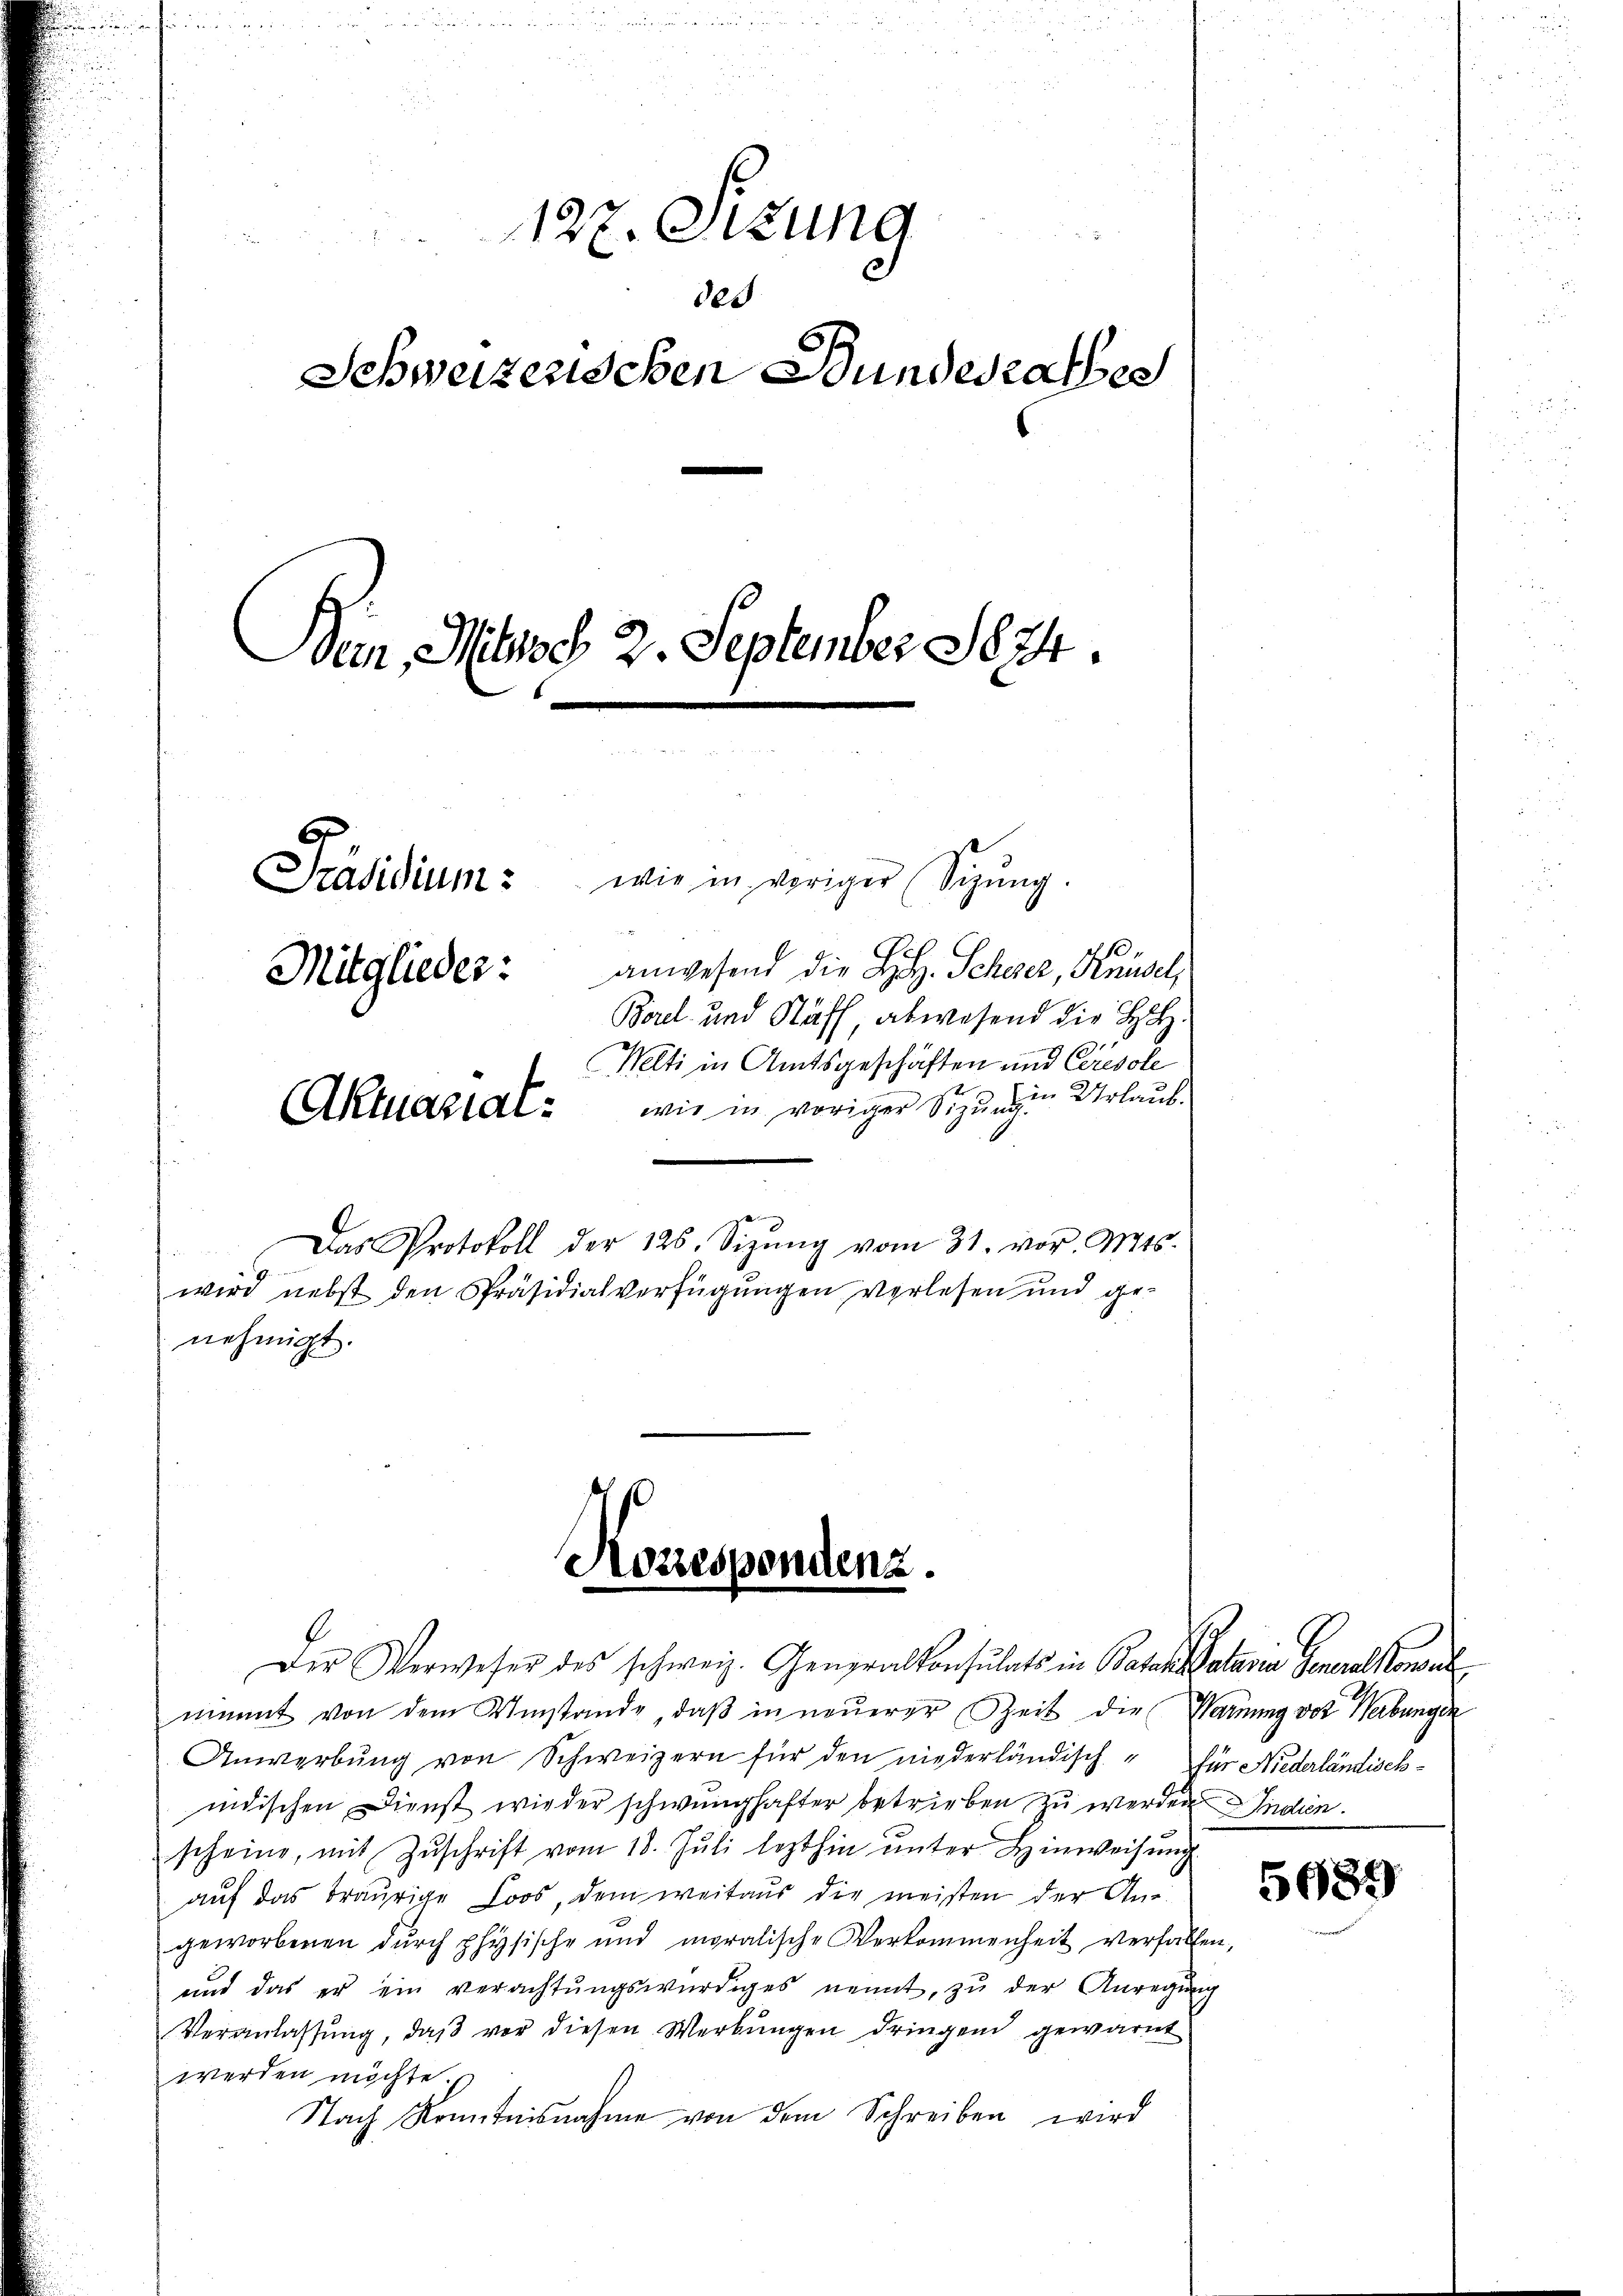
127. Sitzung
des
Schweizerischen Bundesrathes
Ben, Messes 2. September 1874.
wie in voriger (Sizŭng.
Präsidium:
anwesend die L. Scheer, Knüsel,
Mitglieder:
Borel und Staff, abwesend die H.
Mlti in Amtsgeschäften und Ceresol
wie in voriger Sizung in Urlaub¬
Aktuariat
Das Protokoll der 126. Sizŭng vom 31. vor. Mts.
wird nebst den Präsidialverfügungen verlesen und ge-
nehmigt.

Korrespondenz.

Der Verweser des schweiz. Generalkonsulats in Baron Salaria Generalkonsul
nimmt von dem Umstande, daß in neuerer Zeit die Warnung von Werbungen
Anwerbŭng von Schweizern für den niederländisch für Niederländischindischen Dienst wieder schwunghafter betrieben zu werden Indien.
scheine, mit Zuschrift vom 18. Juli lezthin unter Hinweisung
aŭf das Traurige Loos, dem weitaus die meisten der An-
geworbenen dŭrch physische und moralische Verkommenheit verfallen,
und das er ein verachtŭngswürdiges nennt, zu der Anregung
Veranlassung, daß vor diesen Werkungen dringen gewarnt
werden möchte.
Nach Kenntnisnahme von dem Schreiben wird

5689